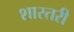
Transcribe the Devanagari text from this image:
शास्तरी